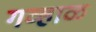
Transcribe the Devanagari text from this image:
गव्हाळ